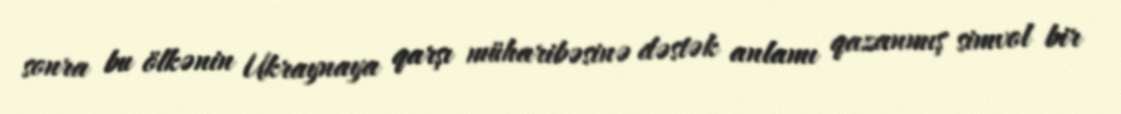
sonra bu ölkənin Ukraynaya qarşı müharibəsinə dəstək anlamı qazanmış simvol bir